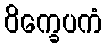
ဝိက္ခေပကံ